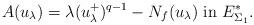
LaTeX: \begin{align*}A(u_{\lambda})=\lambda(u^+_{\lambda})^{q-1}-N_f(u_{\lambda})\ \mbox{in}\ E^*_{\Sigma_1}.\end{align*}